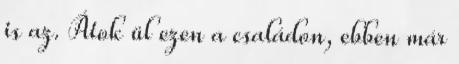
is az. Átok ül ezen a családon, ebben már